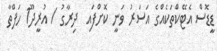
ޑީޑޮސް އެޓޭކްތަކެއްގެ އަސަރު ވަނީ ކޮށްފައި  ދިރާގު / އުރީދޫ1 ހަފްތާ